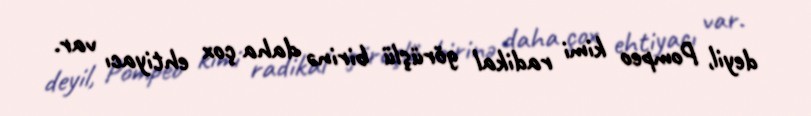
deyil, Pompeo kimi radikal görüşlü birinə daha çox ehtiyacı var.